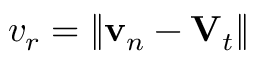
v _ { r } = \| \mathbf { v } _ { n } - \mathbf { V } _ { t } \|